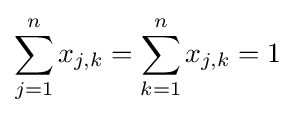
\sum _{j=1}^{n}x_{j,k}=\sum _{k=1}^{n}x_{j,k}=1